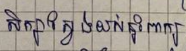
សិក្សាស្វែងយល់នូវពាក្យ